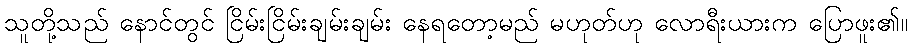
သူတို့သည် နောင်တွင် ငြိမ်းငြိမ်းချမ်းချမ်း နေရတော့မည် မဟုတ်ဟု လောရီးယားက ပြောဖူး၏။